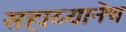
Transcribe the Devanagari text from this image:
सहाय्यानेच